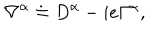
LaTeX: \nabla ^ { \alpha } \doteq D ^ { \alpha } - i e \Gamma ^ { \alpha } ,